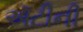
ઍટીની